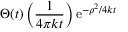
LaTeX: \Theta ( t ) \left( { \frac { 1 } { 4 \pi k t } } \right) \mathrm { e } ^ { - \rho ^ { 2 } / 4 k t }